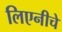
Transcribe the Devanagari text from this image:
लिएनीचे